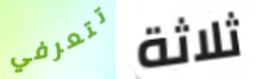
تتعرفي ثلاثة